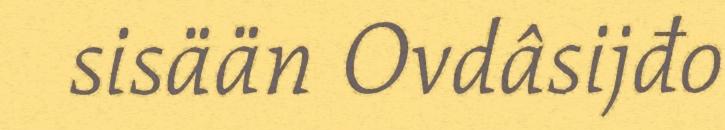
sisään Ovdâsijđo